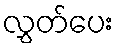
လွှတ်ပေး